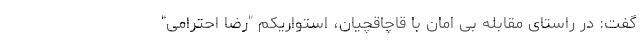
گفت: در راستای مقابله بی امان با قاچاقچیان، استواریکم "رضا احترامی"